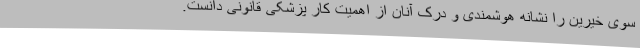
سوی خیرین را نشانه هوشمندی و درک آنان از اهمیت کار پزشکی قانونی دانست.